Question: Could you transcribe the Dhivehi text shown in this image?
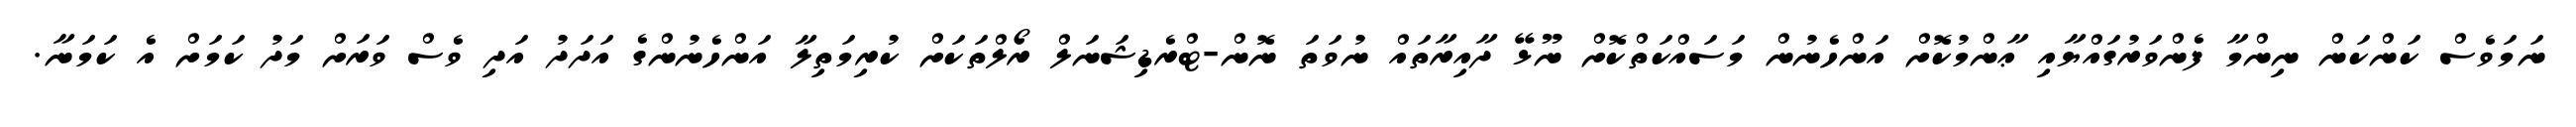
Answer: ނަމަވެސް ކަންކަން ނިންމާ ފެންވަރުގައްޔާއި ޢާންމުކޮށް އަންހެނުން މަސައްކަތްކޮށް ނޫޅޭ ދާއިރާތައް ނުވަތަ ނޮން-ޓްރެޑިޝަނަލް ރޯލްތަކަށް ކުރިމަތިލާ އަންހެނުންގެ އަދަދު އަދި ވެސް ވަރަށް މަދު ކަމަށް އެ ކަމަނާ.